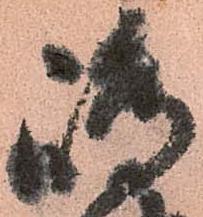
嶋